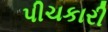
પીચકારી